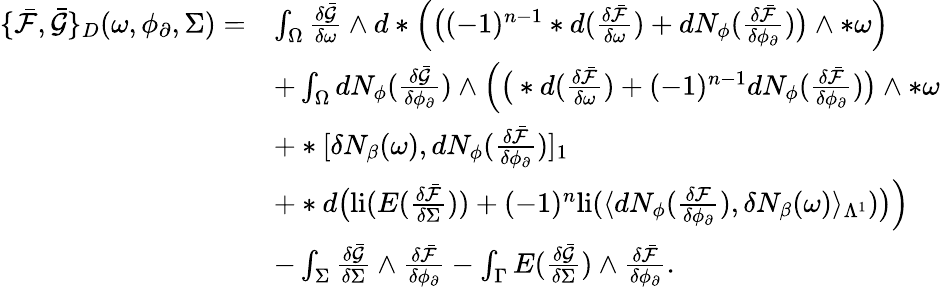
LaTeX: \begin{array}{rl}{\{ \bar{\mathcal{F}},\bar{\mathcal{G}}\} _{D}(\omega,\phi_{\partial},\Sigma)=}&{\int_{\Omega}\frac{\delta\bar{\mathcal{G}}}{\delta\omega}\wedge d\ast\Big(\big((-1)^{n-1}\ast d(\frac{\delta\bar{\mathcal{F}}}{\delta\omega})+dN_{\phi}(\frac{\delta\bar{\mathcal{F}}}{\delta\phi_{\partial}})\big)\wedge\ast\omega\Big)}\\ &{+\int_{\Omega}dN_{\phi}(\frac{\delta\bar{\mathcal{G}}}{\delta\phi_{\partial}})\wedge\Big(\big(\ast d(\frac{\delta\bar{\mathcal{F}}}{\delta\omega})+(-1)^{n-1}dN_{\phi}(\frac{\delta\bar{\mathcal{F}}}{\delta\phi_{\partial}})\big)\wedge\ast\omega}\\ &{+\ast[\delta N_{\beta}(\omega),dN_{\phi}(\frac{\delta\bar{\mathcal{F}}}{\delta\phi_{\partial}})]_{1}}\\ &{+\ast d\big(\mathrm{li}(E(\frac{\delta\bar{\mathcal{F}}}{\delta\Sigma}))+(-1)^{n}\mathrm{li}(\langle dN_{\phi}(\frac{\delta\mathcal{F}}{\delta\phi_{\partial}}),\delta N_{\beta}(\omega)\rangle_{\Lambda^{1}})\big)\Big)}\\ &{-\int_{\Sigma}\frac{\delta\bar{\mathcal{G}}}{\delta\Sigma}\wedge\frac{\delta\bar{\mathcal{F}}}{\delta\phi_{\partial}}-\int_{\Gamma}E(\frac{\delta\bar{\mathcal{G}}}{\delta\Sigma})\wedge\frac{\delta\bar{\mathcal{F}}}{\delta\phi_{\partial}}.}\end{array}